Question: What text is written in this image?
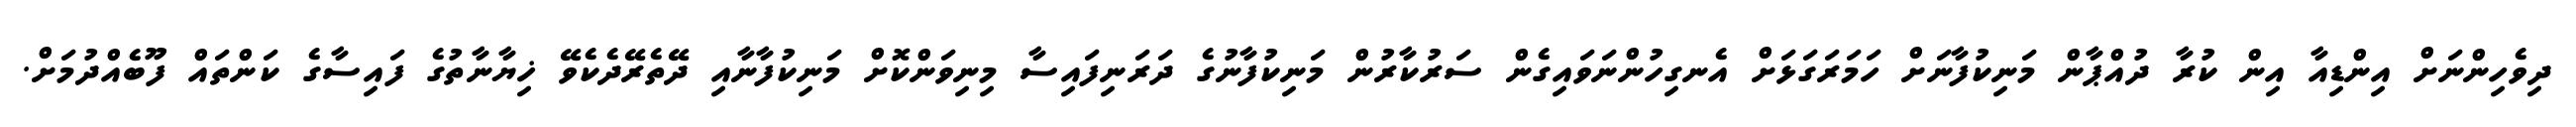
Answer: ދިވެހިންނަށް އިންޑިއާ އިން ކުރާ ދުއްޕާން މަނިކުފާނަށް ހަމަރަގަޅަށް އެނގިހުންނަވައިގެން ސަރުކާރުން މަނިކުފާނުގެ ދަރަނިފައިސާ މިނިވަންކޮށް މަނިކުފާނާއި ދޭތެރޭދެކެވޭ ޚިޔާނާތުގެ ފައިސާގެ ކަންތައް ފޫބެއްދުމަށް.